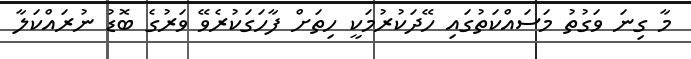
މާ ގިނަ ވަގުތު މަސައްކަތުގައި ހޭދަކުރުމަކީ ހިތަށް ފާހަގަކުރެވޭ ވަރުގެ ބޮޑު ނުރައްކަލާ